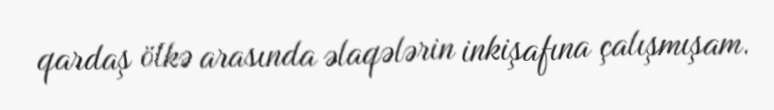
qardaş ölkə arasında əlaqələrin inkişafına çalışmışam.